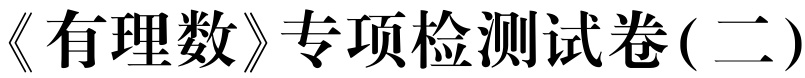
《有理数》专项检测试卷( 二)